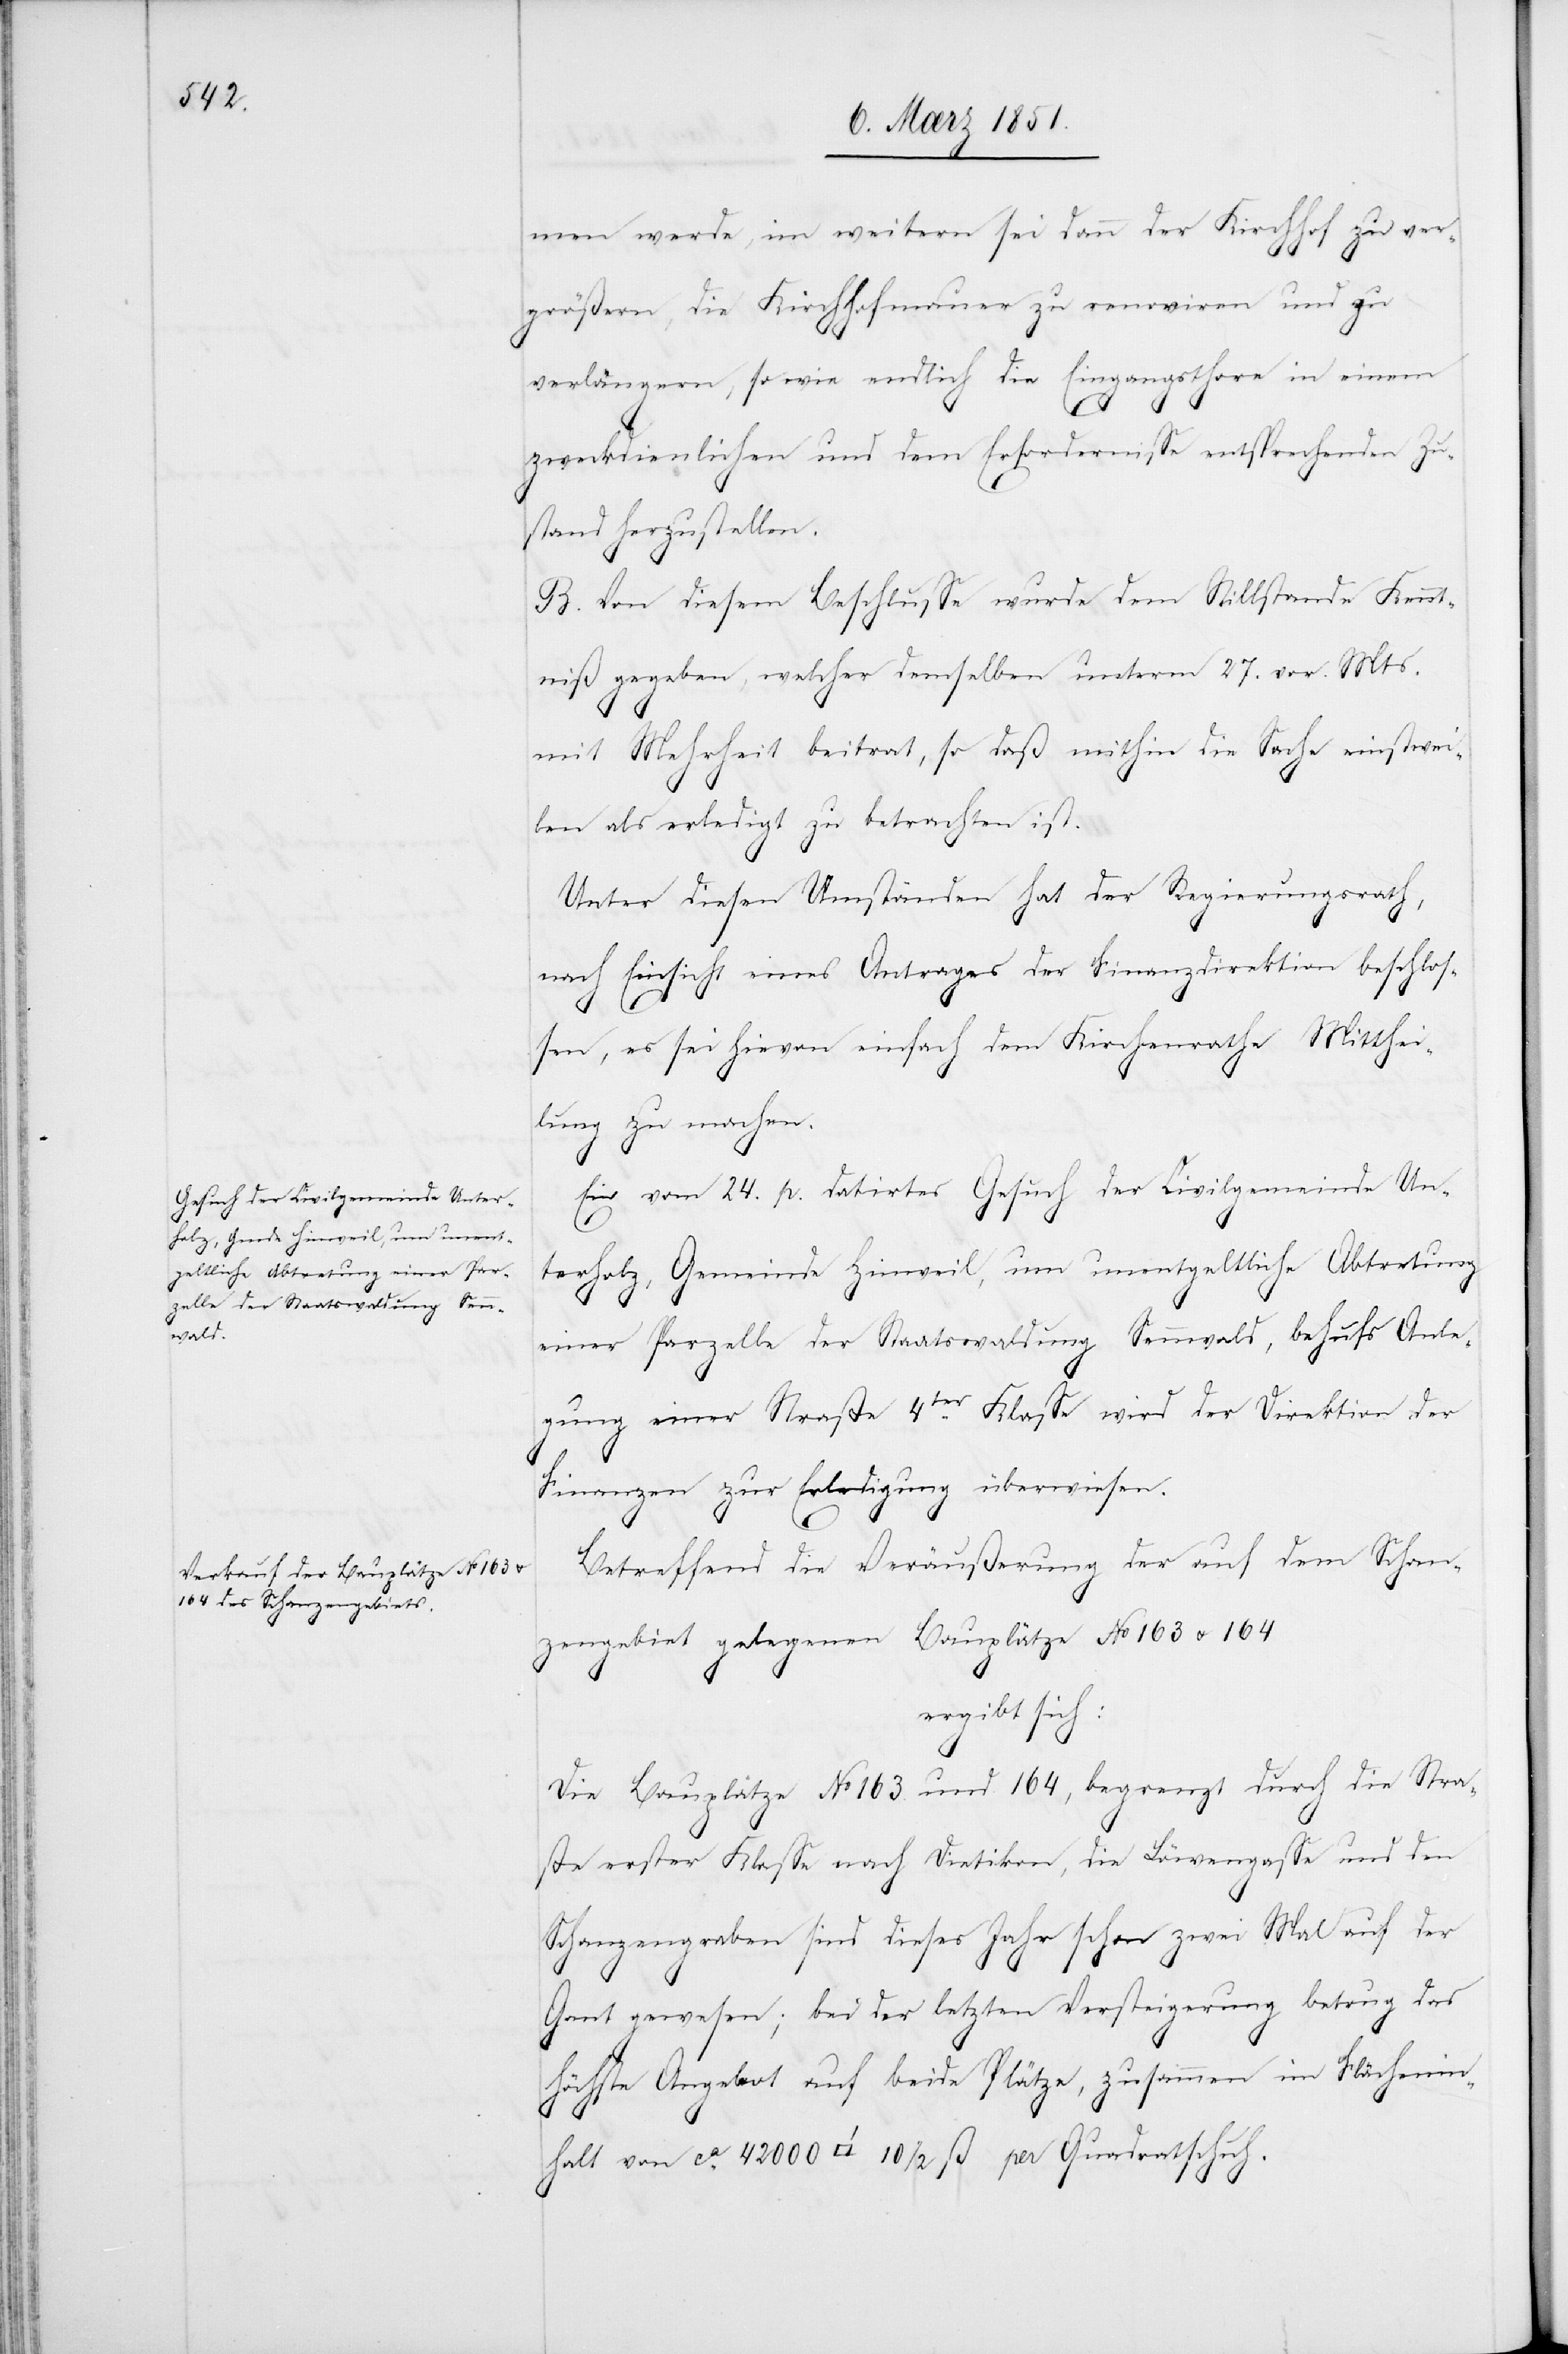
men werde, im weitern sei dann der Kirchhof zu ver¬
größern, die Kirchhofmauer zu renoviren und zu
verlängern, so wie endlich die Eingangsthore in einem
zweckdienlichen und dem Erfordernisse entsprechenden Zu¬
stand herzustellen.
B. Von diesem Beschlusse wurde dem Stillstande Kennt¬
niß gegeben, welcher demselben unterm 27. vor. Mts.
mit Mehrheit beitrat, so daß mithin die Sache einstwei¬
len als erledigt zu betrachten ist.
Unter diesen Umständen hat der Regierungsrath,
nach Einsicht eines Antrages der Finanzdirektion beschlos¬
sen, es sei hievon einfach dem Kirchenrathe Mitthei¬
lung zu machen.
Ein vom 24. p. datirtes Gesuch der Civilgemeinde Un¬
terholz, Gemeinde Hinweil, um unentgeltliche Abtretung
einer Parzelle der Staatswaldung Sennwald, behufs Anle¬
gung einer Straße 4ter Klasse wird der Direktion der
Finanzen zur Erledigung überwiesen.
Betreffend die Veräußerung der auf dem Schan¬
zengebiet gelegenen Bauplätze No 163 u. 164
ergibt sich:
Die Bauplätze No 163. und 164, begrenzt durch die Stra¬
ße erster Klasse nach Dietikon, die Löwengasse und den
Schanzengraben sind dieses Jahr schon zwei Mal auf der
Gant gewesen; bei der letzten Versteigerung betrug das
höchste Angebot auf beide Plätze, zusammen im Flächenin¬
halt von ca. 42000 [Quadratfuß] 10 1/2 ß per Quadratschuh.